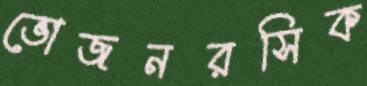
ভোজনরসিক